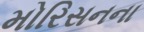
મોરિસનના